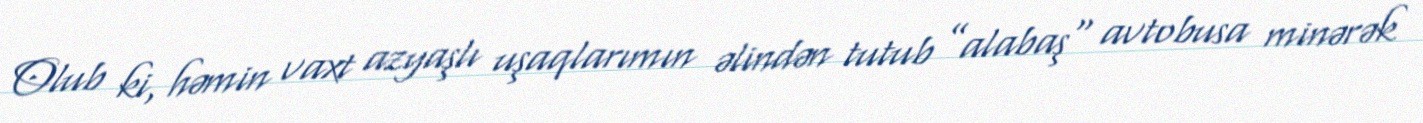
Olub ki, həmin vaxt azyaşlı uşaqlarımın əlindən tutub ”alabaş" avtobusa minərək